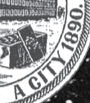
A CITY 1890